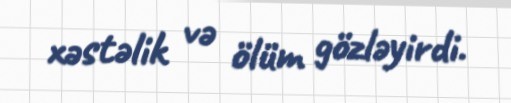
xəstəlik və ölüm gözləyirdi.